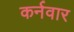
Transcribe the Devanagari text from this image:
कर्नवार